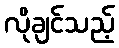
လိုချင်သည့်